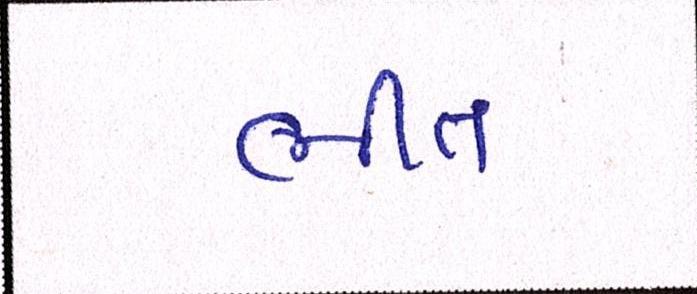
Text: ભીંત